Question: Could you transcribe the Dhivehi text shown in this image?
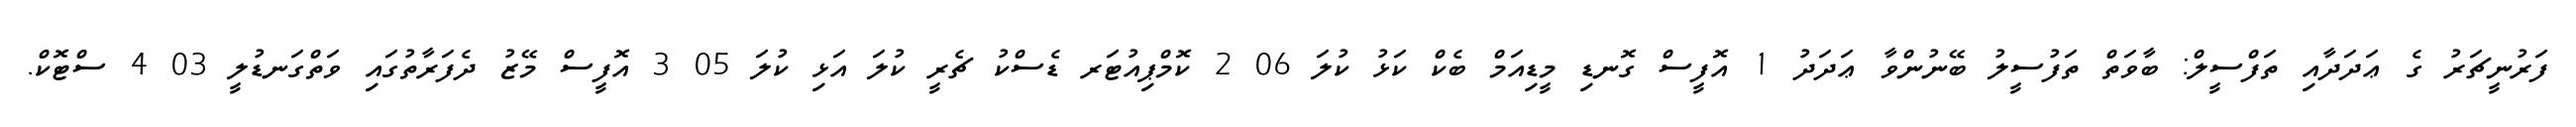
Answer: ފަރުނީޗަރު ގެ ޢަދަދާއި ތަފްސީލް: ބާވަތް ތަފުސީލު ބޭނުންވާ ޢަދަދު 1 އޮފީސް ގޮނޑި މީޑިއަމް ބެކް ކަޅު ކުލަ 06 2 ކޮމްޕިއުޓަރ ޑެސްކު ޗެރީ ކުލަ އަޅި ކުލަ 05 3 އޮފީސް މޭޒު ދެފަރާތުގައި ވަތްގަނޑުލީ 03 4 ސްޓޮކް.